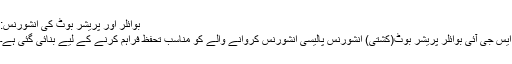
بوائلر اور پریشر بوٹ کی انشورنس:
ایس جی آئی بوائلر پریشر بوٹ(کشتی) انشورنس پالیسی انشورنس کروانے والے کو مناسب تحفظ فراہم کرنے کے لیے بنائی گئی ہے۔